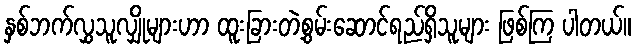
နှစ်ဘက်လွှသူလျှိုများဟာ ထူးခြားတဲ့စွမ်းဆောင်ရည်ရှိသူများ ဖြစ်ကြ ပါတယ်။